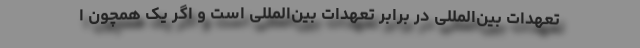
تعهدات بین‌المللی در برابر تعهدات بین‌المللی است و اگر یک همچون ا